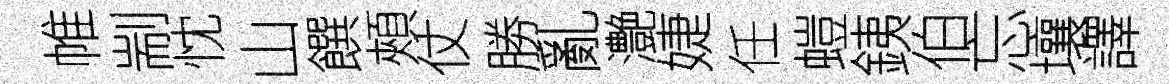
帷剬忱山饌頰仗勝亂灔婕任螘銕伯忘壤譯